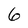
Character: 6